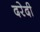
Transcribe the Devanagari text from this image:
दरेदी